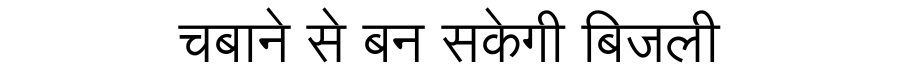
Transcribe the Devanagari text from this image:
चबाने से बन सकेगी बिजली